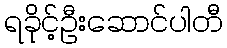
ရခိုင့်ဦးဆောင်ပါတီ